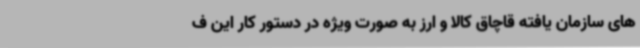
های سازمان یافته قاچاق کالا و ارز به صورت ویژه در دستور کار این ف